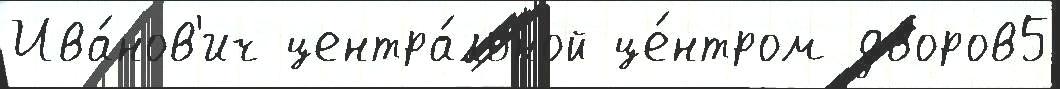
Ива́нов'ич центра́льной це́нтром дворов5